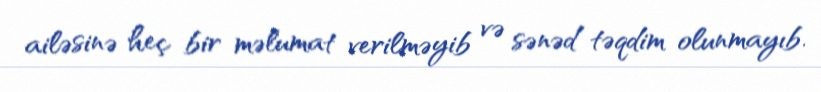
ailəsinə heç bir məlumat verilməyib və sənəd təqdim olunmayıb.